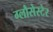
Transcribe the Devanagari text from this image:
ग्लौसेस्टेर